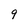
Character: 9